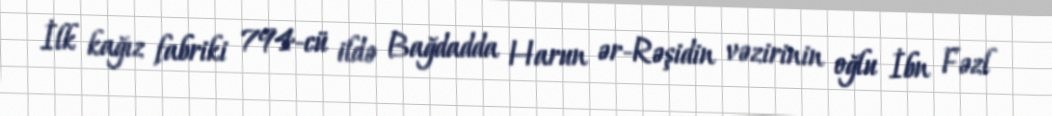
İlk kağız fabriki 794-cü ildə Bağdadda Harun ər-Rəşidin vəzirinin oğlu İbn Fəzl